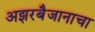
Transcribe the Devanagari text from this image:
अझरबैजानाचा